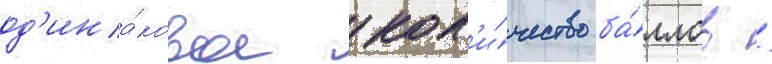
од'ина́ковое кол'и́чество ба́ллов /